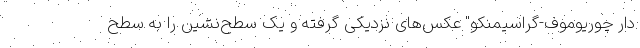
دار چوریوموف-گراسیمنکو" عکس‌های نزدیکی گرفته و یک سطح‌نشین را به سطح